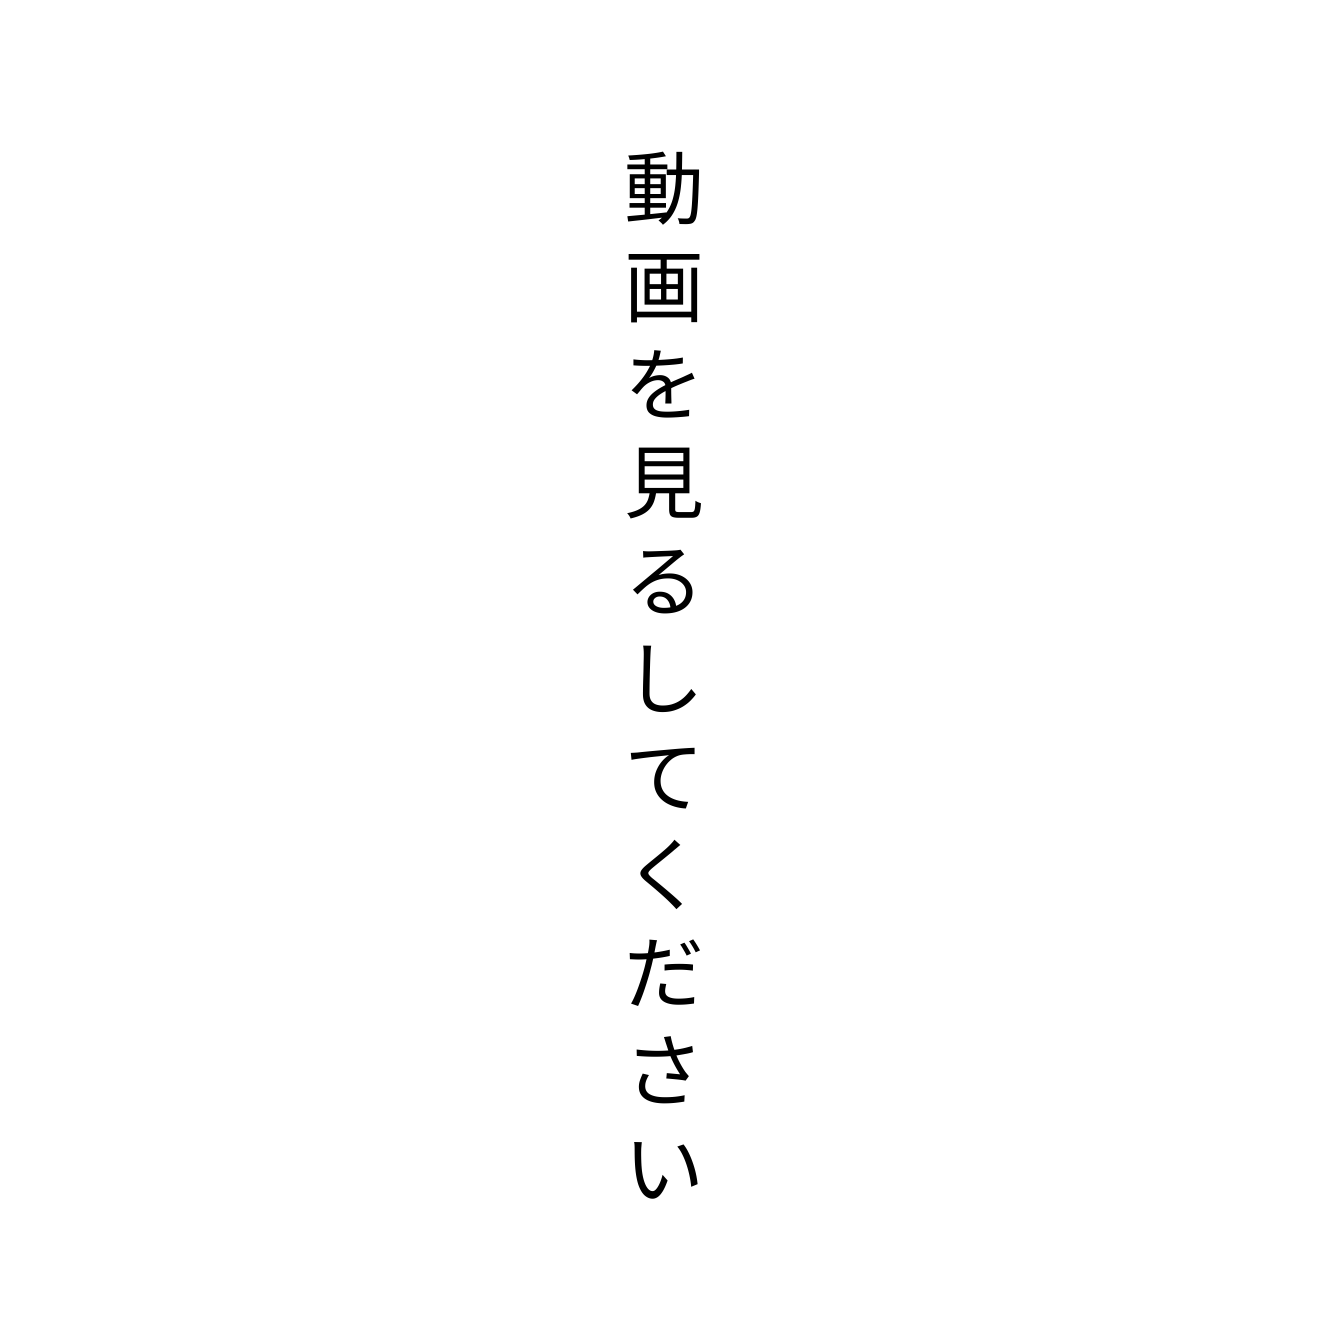
動画を見るしてください